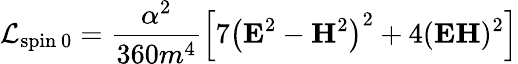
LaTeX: \mathcal{L}_{\mathrm{spin~0}}=\frac{\alpha^{2}}{360m^{4}}\left[7\left(\mathbf{E}^{2}-\mathbf{H}^{2}\right)^{2}+4(\mathbf{EH})^{2}\right]